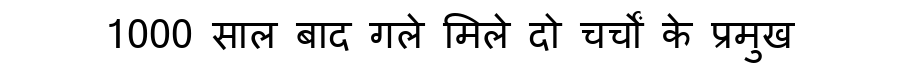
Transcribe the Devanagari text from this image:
1000 साल बाद गले मिले दो चर्चों के प्रमुख